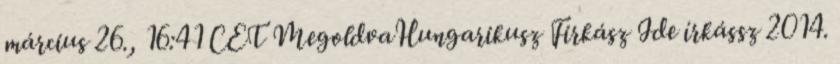
március 26., 16:41 CET MegoldvaHungarikusz Firkász Ide írkássz 2014.